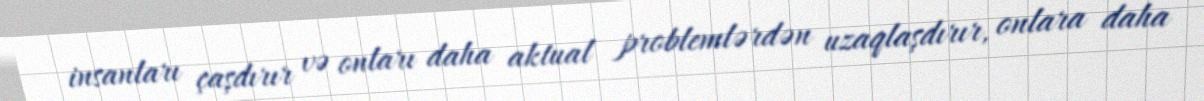
insanları çaşdırır və onları daha aktual problemlərdən uzaqlaşdırır, onlara daha